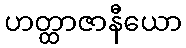
ဟတ္ထာဇာနီယော